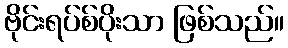
ဗိုင်းရပ်စ်ပိုးသာ ဖြစ်သည်။